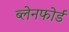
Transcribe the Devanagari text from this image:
ब्लेनफोर्ड